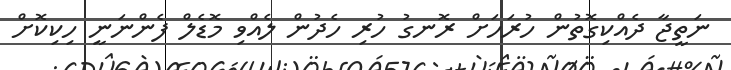
ނަތީޖާ ދެއްކިގޮތުން ހުރަހަށް ރޮނގު ހުރި ހެދުން ލެއްވި މޮޑެލް ފެންނަނީ ހިކިކޮށް